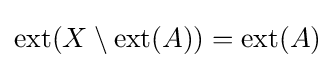
\operatorname {ext} (X\setminus \operatorname {ext} (A))=\operatorname {ext} (A)